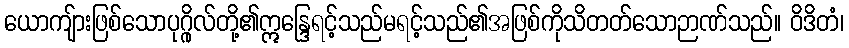
ယောကျ်ားဖြစ်သောပုဂ္ဂိုလ်တို့၏ဣန္ဒြေရင့်သည်မရင့်သည်၏အဖြစ်ကိုသိတတ်သောဉာဏ်သည်။ ဝိဒိတံ၊